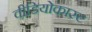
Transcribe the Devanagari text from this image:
वीडियोकास्ट